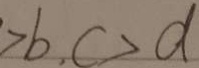
> b , c > d